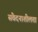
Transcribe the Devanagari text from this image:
संवेदनाशीलता